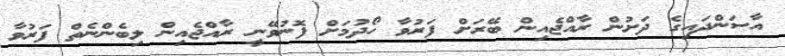
އާސަންދައިގެ ދަށުން ރާއްޖެއިން ބޭރަށް ފަރުވާ ހޯދުމަށް ފޮނުވޭނީ ރާއްޖެއިން ލިބެންނެތް ފަރުވާ